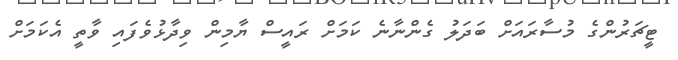
ޓީޗަރުންގެ މުސާރައަށް ބަދަލު ގެންނާނެ ކަމަށް ރައީސް ޔާމިން ވިދާޅުވެފައި ވާތީ އެކަމަށް